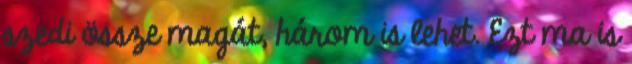
szedi össze magát, három is lehet. Ezt ma is